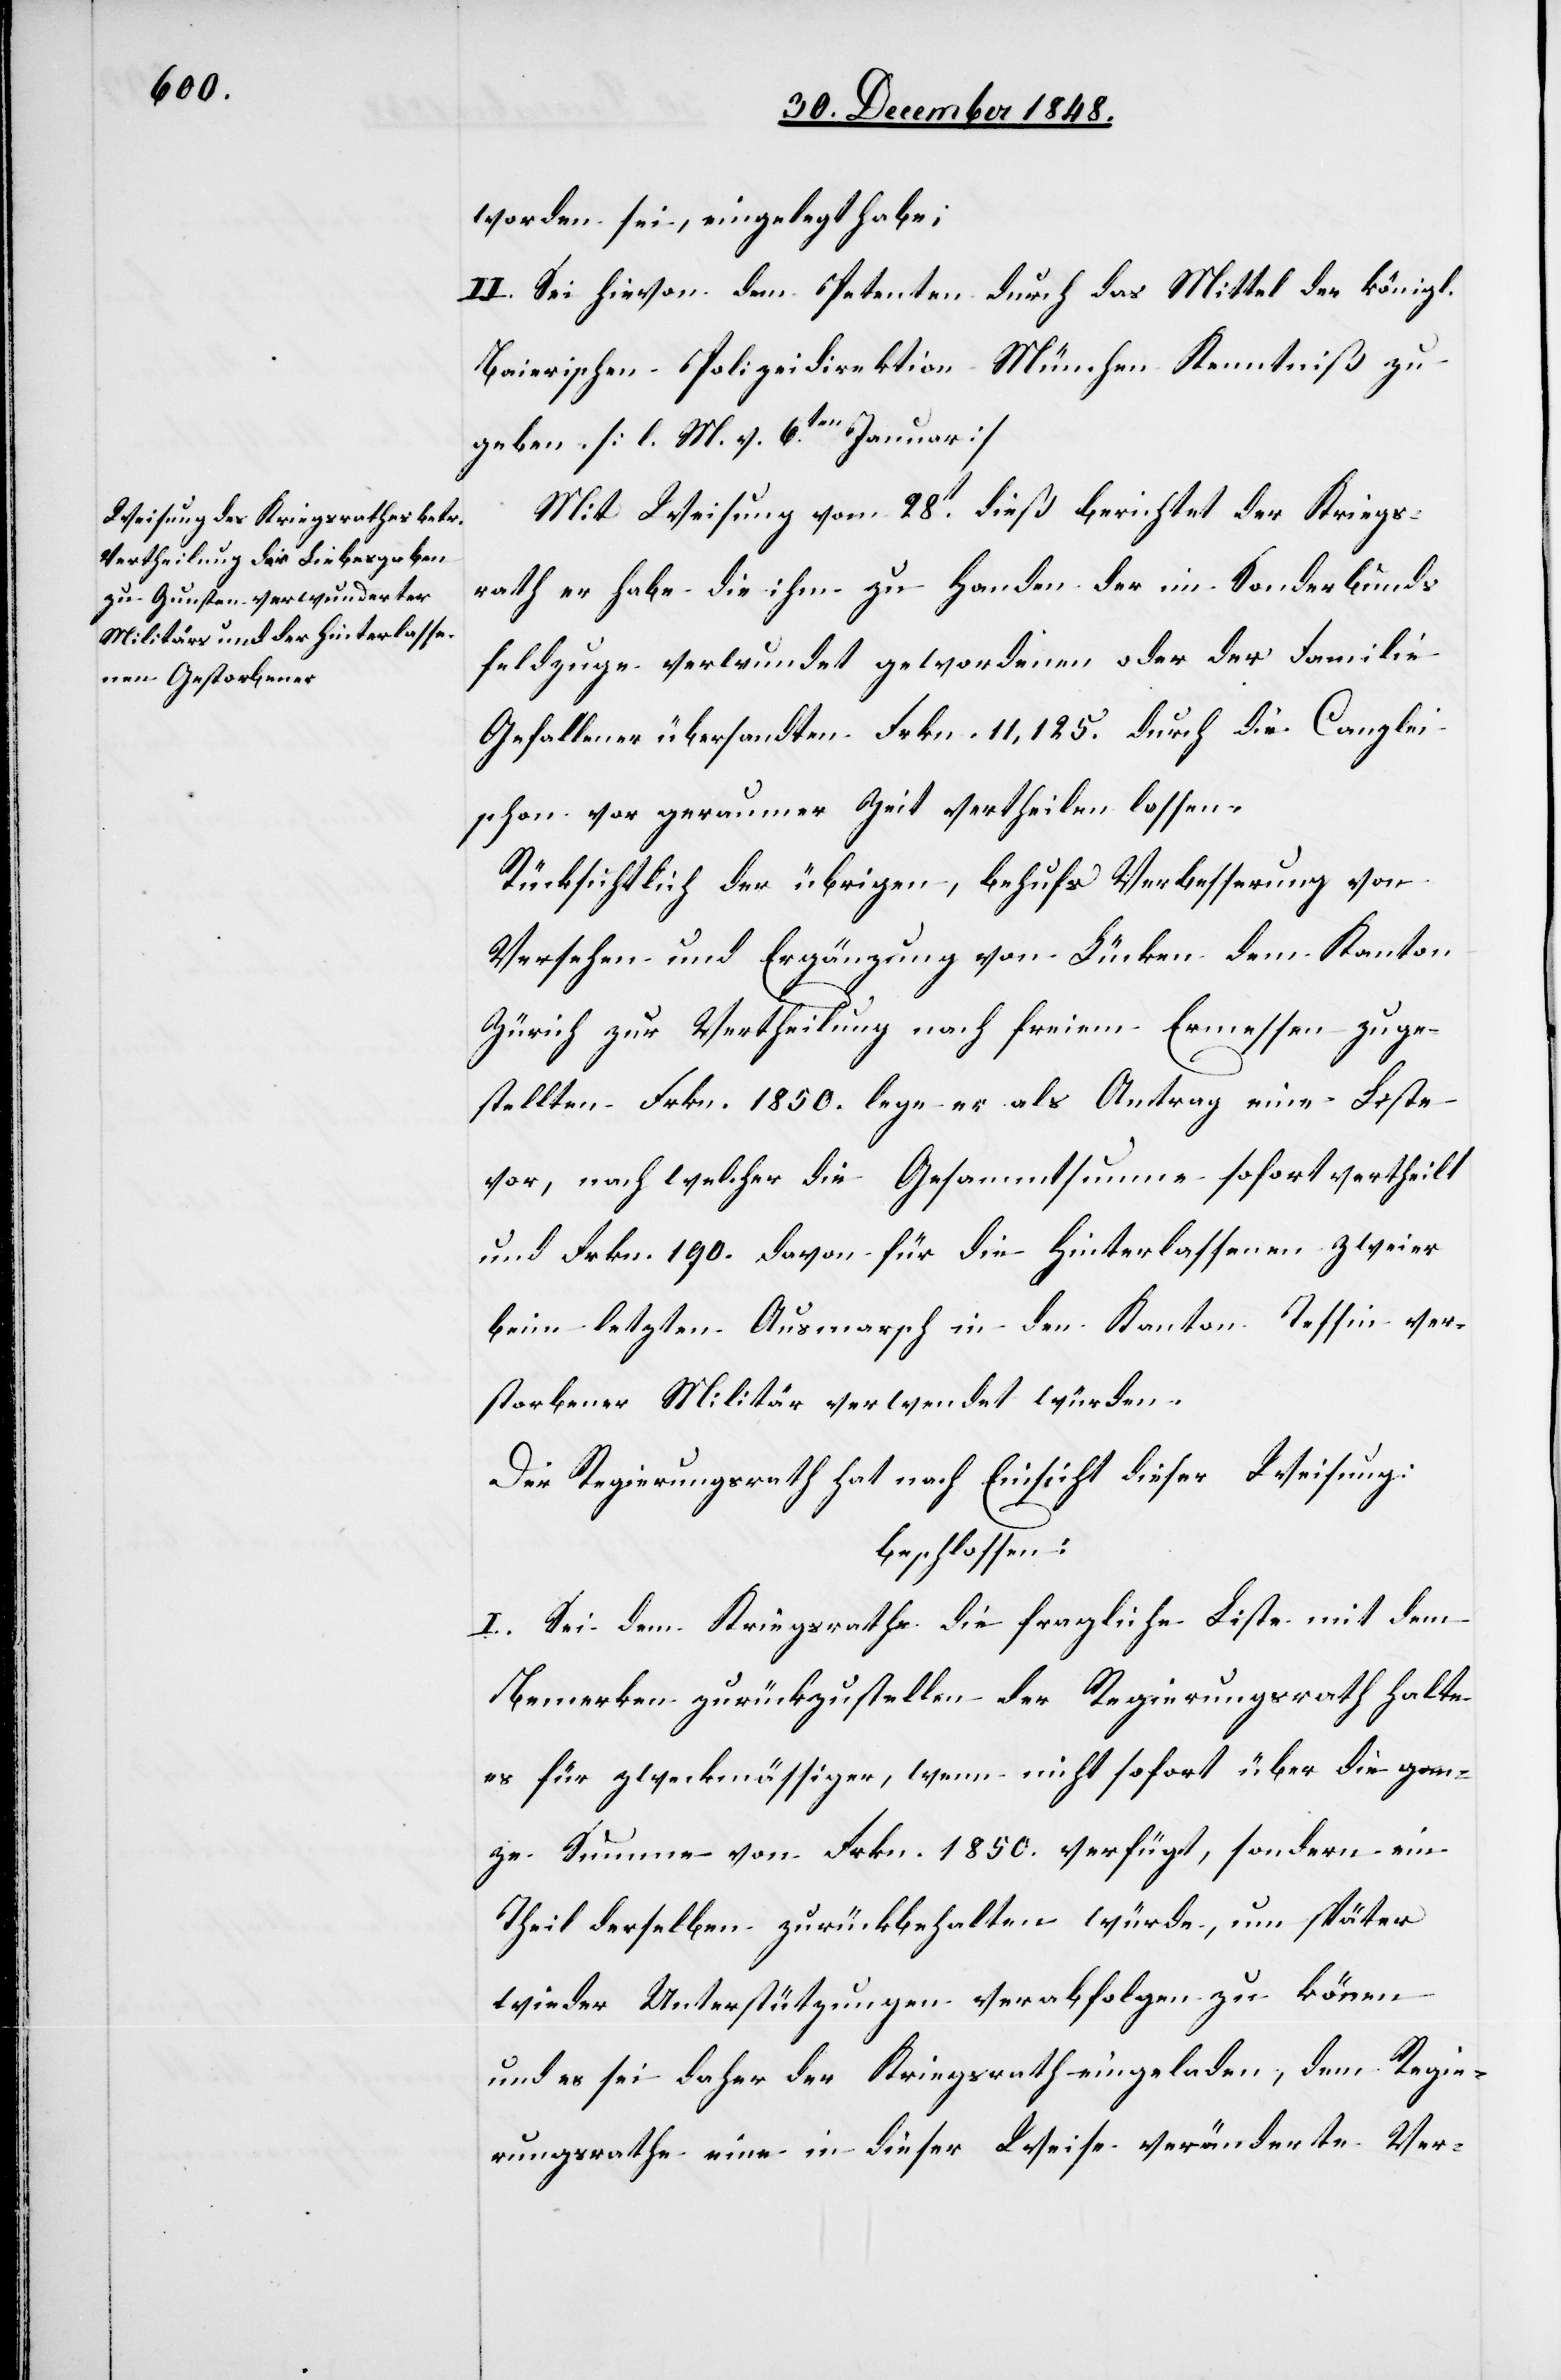
worden sei, eingelegt habe;
II. Sei hievon dem Petenten durch das Mittel der königl.
Baierischen Polizeidirektion München Kenntniß zu
geben. [l. M. v. 6ten Januar]
Mit Weisung vom 28t dieß berichtet der Kriegs¬
rath er habe die ihm zu Handen der im Sonderbunds¬
feldzuge verwundet gewordenen oder der Familie
Gefallener übersandten Frkn. 11,125. durch die Canzlei
schon vor geraumer Zeit vertheilen lassen.
Rücksichtlich der übrigen, behufs Verbesserung von
Versehen und Ergänzung von Lücken dem Kanton
Zürich zur Vertheilung nach freiem Ermessen zuge¬
stellten Frkn. 1850. lege er als Antrag eine Liste
vor, nach welcher die Gesammtsumme sofort vertheilt
und Frkn. 190. davon für die Hinterlassenen zweier
beim letzten Ausmarsch in den Kanton Tessin ver¬
storbener Militär verwendet würden.
Der Regierungsrath hat nach Einsicht dieser Weisung
beschlossen:
I. Sei dem Kriegsrathe die fragliche Liste mit dem
Bemerken zurückzustellen der Regierungsrath halte
es für zweckmässiger, wenn nicht sofort über die gan¬
ze Summe von Frkn. 1850. verfügt, sondern ein
Theil derselben zurückbehalten würde, um später
wieder Unterstützungen verabfolgen zu könen
und es sei daher der Kriegsrath eingeladen, dem Regie¬
rungsrathe eine in dieser Weise veränderte Ver-